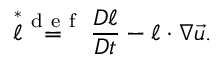
\stackrel { * } { \boldsymbol { \ell } } \stackrel { \mathrm { ~ d ~ e ~ f ~ } } { = } \frac { D \boldsymbol { \ell } } { D t } - \boldsymbol { \ell } \cdot \boldsymbol { \nabla } \vec { u } .